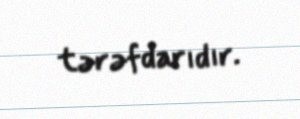
tərəfdarıdır.